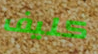
كليف